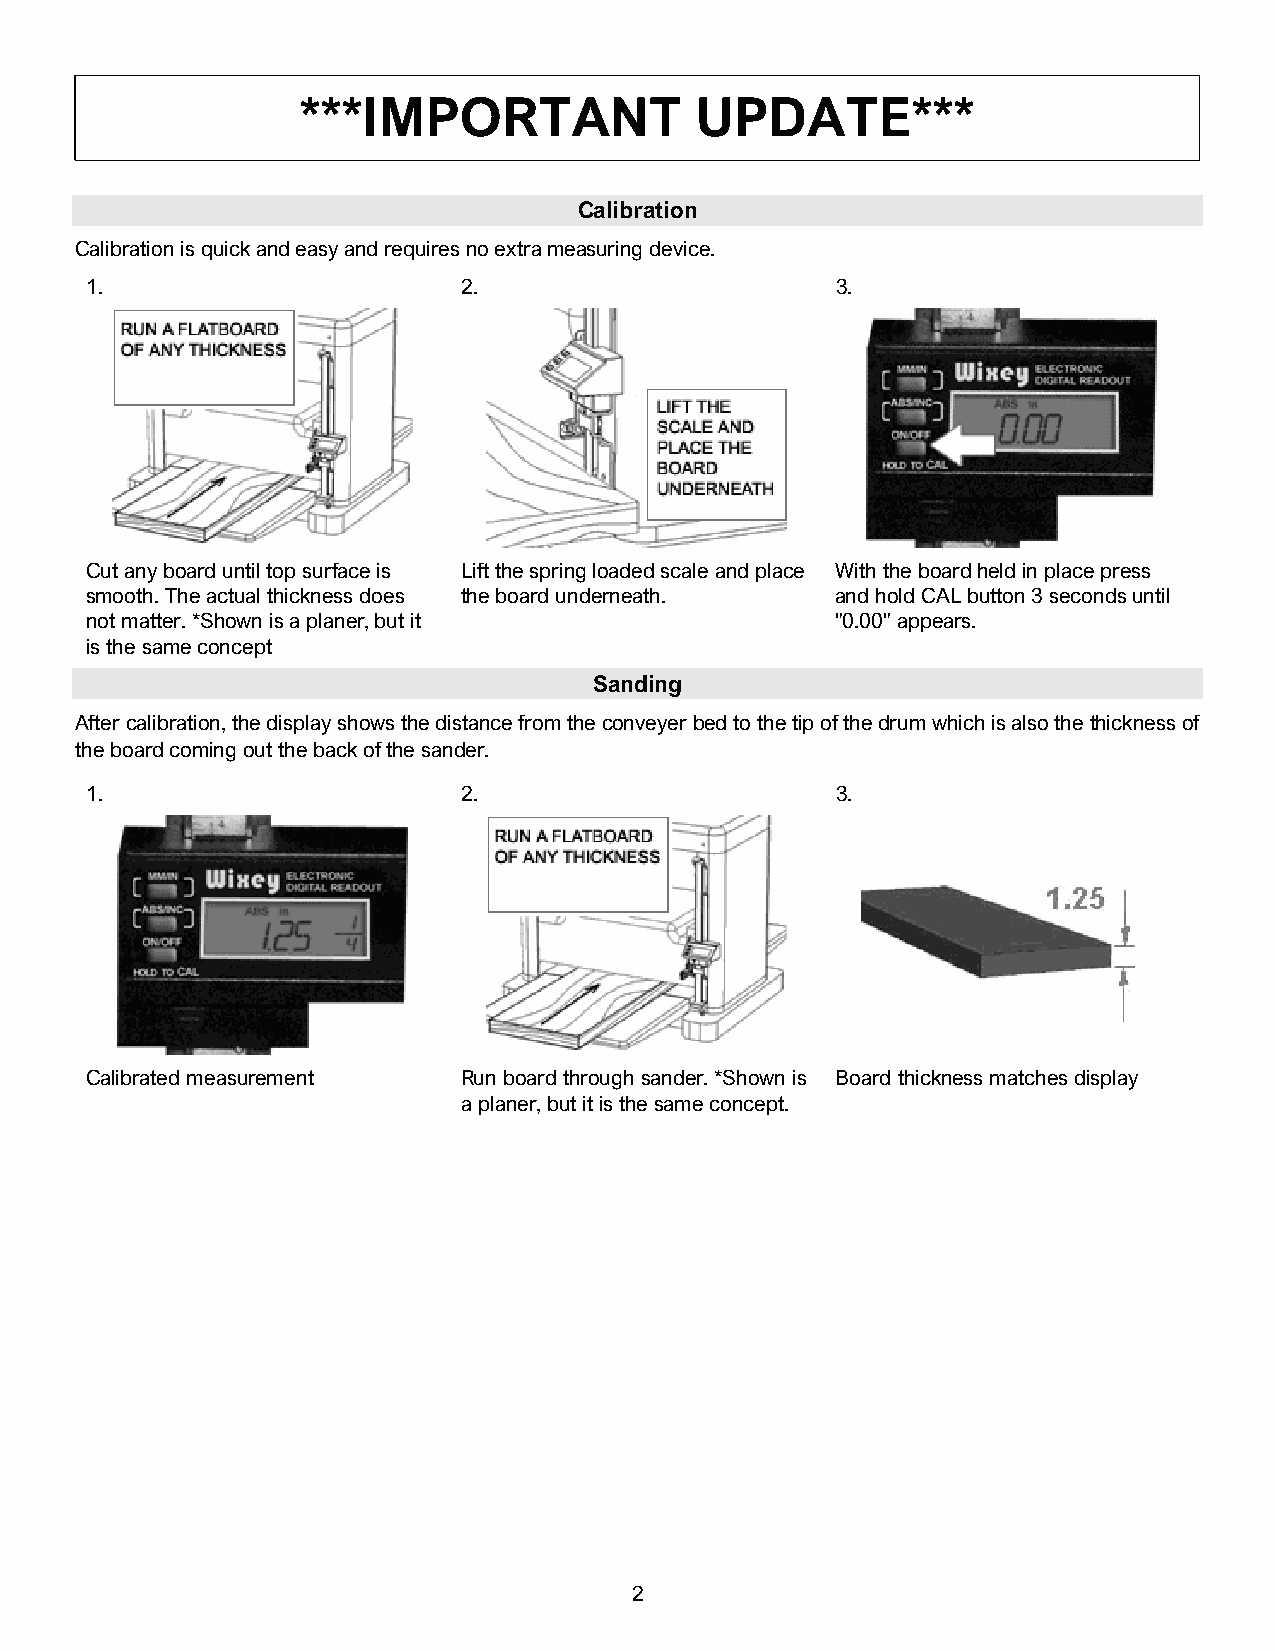
***IMPORTANT              UPDATE***
 Calibration
 Calibration is quick and easy and requires no extra measuring device.
 1.                       2.                      3.
 Cut any board until top surface is Lift the spring loaded scale and place With the board held in place press
 smooth. The actual thickness does the board underneath. and hold CAL button 3 seconds until
 not matter. *Shown is a planer, but it           "0.00" appears.
 is the same concept
 Sanding
 After calibration, the display shows the distance from the conveyer bed to the tip of the drum which is also the thickness of
 the board coming out the back of the sander.
 1.                       2.                      3.
 Calibrated measurement   Run board through sander. *Shown is Board thickness matches display
 a planer, but it is the same concept.
 2